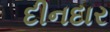
દીનદાર